Civil Veterinary Department. Central Provinces & Berar 1932-41 - 1932-1941
Year: 1932
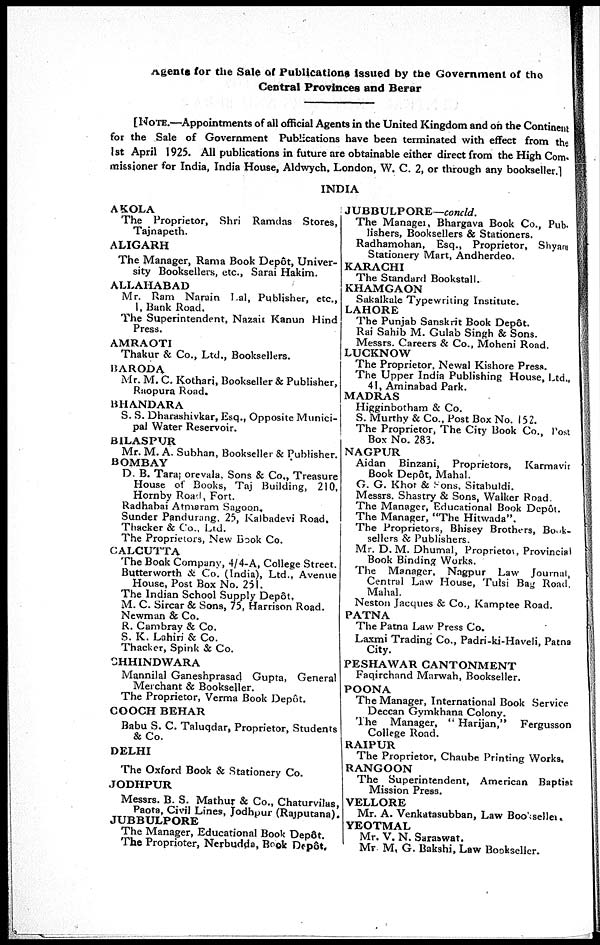
Agents for the Sale of Publications issued by the Government of the
Central Provinces and Berar
[NOTE.—Appointments of all official Agents in the United Kingdom and on the Continent
for the Sale of Government Publications have been terminated with effect from the
1st April 1925. All publications in future are obtainable either direct from the High Com-
missioner for India, India House, Aldwych, London, W. C. 2, or through any bookseller.]
INDIA
AKOLA
The Proprietor, Shri Ramdas Stores,
Tajnapeth.
ALIGARH
The Manager, Rama Book Depôt, Univer-
sity Booksellers, etc., Sarai Hakim.
ALLAHABAD
Mr. Ram Narain Lal, Publisher, etc.,
1, Bank Road.
The Superintendent, Nazair Kanun Hind
Press.
AMRAOTI
Thakur & Co., Ltd., Booksellers.
BARODA
Mr. M. C. Kothari, Bookseller & Publisher,
Raopura Road.
BHANDARA
S. S. Dharashivkar, Esq., Opposite Munici-
pal Water Reservoir.
BILASPUR
Mr. M. A. Subhan, Bookseller & Publisher.
BOMBAY
D. B. Taraporevala, Sons & Co., Treasure
House of Books, Taj Building, 210,
Hornby Road, Fort.
Radhabai Atmaram Sagoon.
Sunder Pandurang, 25, Kalbadevi Road.
Thacker & Co., Ltd.
The Proprietors, New Book Co.
CALCUTTA
The Book Company, 4/4-A, College Street.
Butterworth & Co. (India), Ltd., Avenue
House, Post Box No. 251.
The Indian School Supply Depôt.
M. C. Sircar & Sons, 75, Harrison Road.
Newman & Co.
R. Cambray & Co.
S. K. Lahiri & Co.
Thacker, Spink & Co.
CHHINDWARA
Mannilal Ganeshprasad Gupta, General
Merchant & Bookseller.
The Proprietor, Verma Book Depôt.
COOCH BEHAR
Babu S. C. Taluqdar, Proprietor, Students
& Co.
DELHI
The Oxford Book & Stationery Co.
JODHPUR
Messrs. B. S. Mathur & Co., Chaturvilas,
Paota, Civil Lines, Jodhpur (Rajputana).
JUBBULPORE
The Manager, Educational Book Depôt.
The Proprioter, Nerbudda, Book Depôt.
JUBBULPORE—concld.
The Manager, Bhargava Book Co., Pub.
lishers, Booksellers & Stationers.
Radhamohan, Esq., Proprietor, Shyam
Stationery Mart, Andherdeo.
KARACHI
The Standard Bookstall.
KHAMGAON
Sakalkale Typewriting Institute.
LAHORE
The Punjab Sanskrit Book Depôt.
Rai Sahib M. Gulab Singh & Sons.
Messrs. Careers & Co., Moheni Road.
LUCKNOW
The Proprietor, Newal Kishore Press.
The Upper India Publishing House, Ltd.,
41, Aminabad Park.
MADRAS
Higginbotham & Co.
S. Murthy & Co., Post Box No. 152.
The Proprietor, The City Book Co., Post
Box No. 283.
NAGPUR
Aidan Binzani, Proprietors, Karmavir
Book Depôt, Mahal.
G. G. Khot & Sons, Sitabuldi.
Messrs. Shastry & Sons, Walker Road.
The Manager, Educational Book Depôt.
The Manager, "The Hitwada".
The Proprietors, Bhisey Brothers, Book-
sellers & Publishers.
Mr. D. M. Dhumal, Proprietor, Provincial
Book Binding Works.
The Manager, Nagpur Law Journal,
Central Law House, Tulsi Bag Road,
Mahal.
Neston Jacques & Co., Kamptee Road.
PATNA
The Patna Law Press Co.
Laxmi Trading Co., Padri-ki-Haveli, Patna
City.
PESHAWAR CANTONMENT
Faqirchand Marwah, Bookseller.
POONA
The Manager, International Book Service
Deccan Gymkhana Colony.
The Manager,
"Harijan,"
Fergusson
College Road.
RAIPUR
The Proprietor, Chaube Printing Works,
RANGOON
The Superintendent, American Baptist
Mission Press.
VELLORE
Mr. A. Venkatasubban, Law Bookseller.
YEOTMAL
Mr. V. N. Saraswat.
Mr M. G. Bakshi, Law Bookseller.